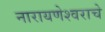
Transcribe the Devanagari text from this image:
नारायणेश्वराचे